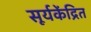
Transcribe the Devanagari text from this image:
सूर्यकेंद्रित